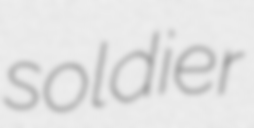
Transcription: soldier